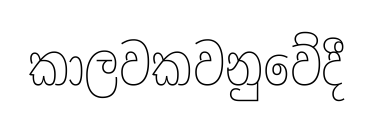
කාලවකවනුවේදී